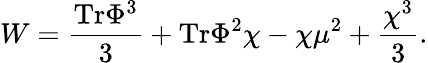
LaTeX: W={\frac{\mathrm{Tr}\Phi^{3}}{3}}+\mathrm{Tr}\Phi^{2}\chi-\chi\mu^{2}+{\frac{\chi^{3}}{3}}.